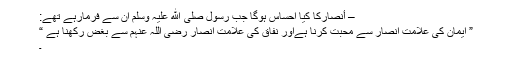
– أنصارکا کیا احساس ہوگا جب رسول صلی الله علیہ وسلم اُن سے فرمارہے تھے:
” ایمان کی علامت انصار سے محبت کرنا ہےاور نفاق کی علامت انصار رضی اللہ عنہم سے بغض رکھنا ہے “
۔